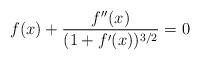
LaTeX: \begin{align*}f(x) +\frac{f''(x)}{(1+f'(x))^{3/2}} = 0\end{align*}